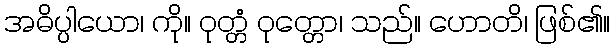
အဓိပ္ပါယော၊ ကို။ ဝုတ္တံ ဝုတ္တော၊ သည်။ ဟောတိ၊ ဖြစ်၏။